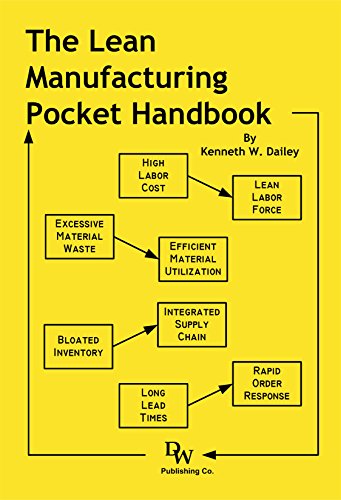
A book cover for The Lean Manufacturing Pocket Handbook; Kenneth W. Dailey; Business & Money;